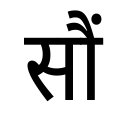
OCR:
सौं